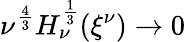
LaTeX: \nu^{\frac 43}H_{\nu}^{\frac 13}({\xi^{\nu}})\to 0